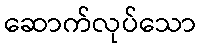
ဆောက်လုပ်သော